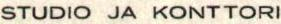
STUDIO JA KONTTORI